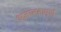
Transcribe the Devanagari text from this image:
अज्ञानतापूर्ण